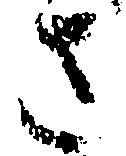
さ